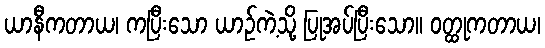
ယာနီကတာယ၊ ကပြီးသော ယာဉ်ကဲ့သို့ ပြုအပ်ပြီးသော။ ဝတ္ထုကတာယ၊